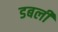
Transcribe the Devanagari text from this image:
डबली